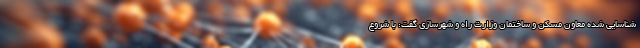
شناسایی شده معاون مسکن و ساختمان وزارت راه و شهرسازی گفت: با شروع